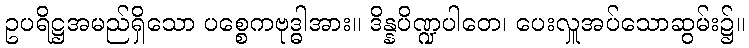
ဥပရိဋ္ဌအမည်ရှိသော ပစ္စေကဗုဒ္ဓါအား။ ဒိန္နပိဏ္ဍပါတေ၊ ပေးလှူအပ်သောဆွမ်း၌။